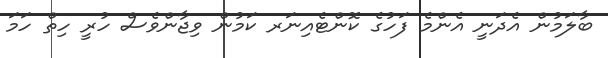
ބާލަމުން އެދަނީ އެންމެ ފަހުގެ ކޮންޓެއިނަރ ކަމުން ވިޖާންވެސް ހުރީ ހިތް ހަމަ